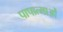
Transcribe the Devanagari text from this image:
पापात्माओं